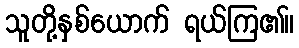
သူတို့နှစ်ယောက် ရယ်ကြ၏။